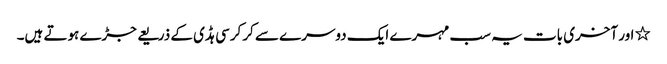
٭ اور آخری بات یہ سب مہرے ایک دوسرے سے کرکرسی ہڈی کے ذریعے جڑے ہوتے ہیں۔